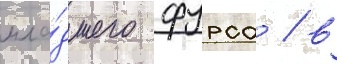
мла́дшего фурса / в